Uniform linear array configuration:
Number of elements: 12
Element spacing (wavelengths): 1
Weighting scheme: hamming
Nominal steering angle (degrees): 30
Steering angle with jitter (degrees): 29.592
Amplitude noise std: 0.05
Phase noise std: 0.05

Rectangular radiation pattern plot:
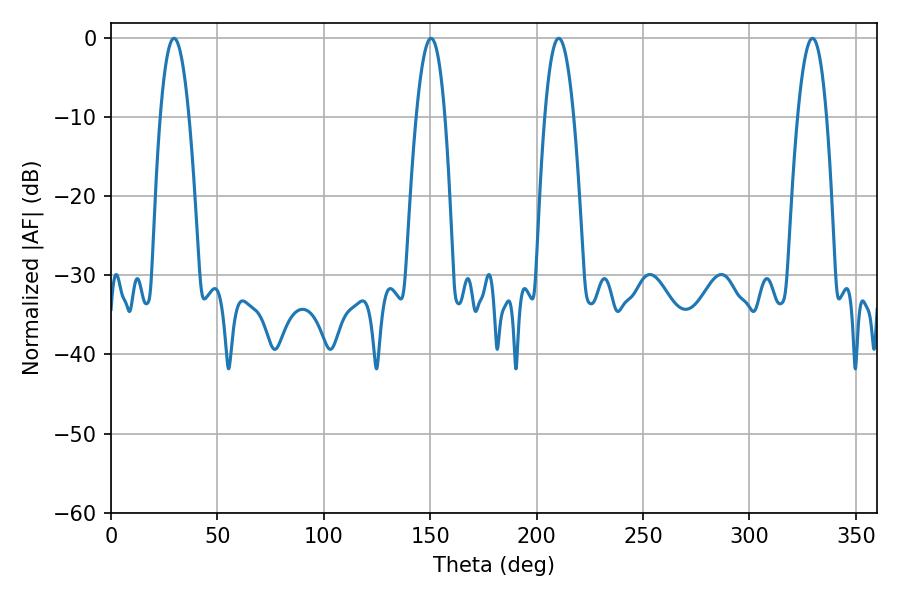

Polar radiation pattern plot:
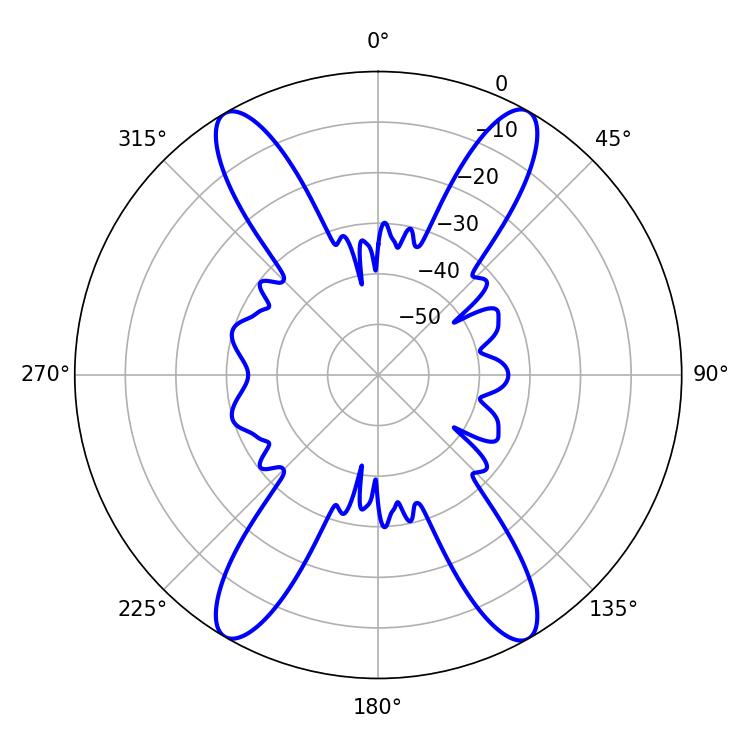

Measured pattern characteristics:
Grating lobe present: TRUE
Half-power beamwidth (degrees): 7.56
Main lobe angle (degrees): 210.42